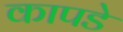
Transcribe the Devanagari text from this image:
कापडे